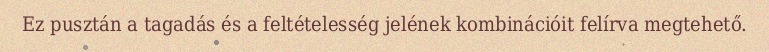
Ez pusztán a tagadás és a feltételesség jelének kombinációit felírva megtehető.